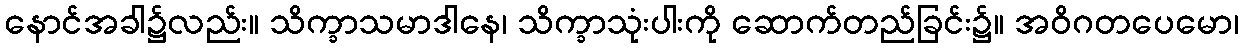
နောင်အခါ၌လည်း။ သိက္ခာသမာဒါနေ၊ သိက္ခာသုံးပါးကို ဆောက်တည်ခြင်း၌။ အဝိဂတပေမော၊